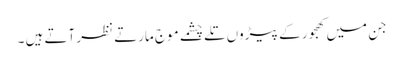
جن میں کھجور کے پیڑوں تلے چشمے موج مارتے نظر آتے ہیں ۔